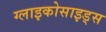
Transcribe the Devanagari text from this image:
ग्लाइकोसाइड्स